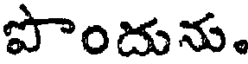
పొందును.